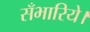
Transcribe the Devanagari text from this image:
सँभारिये।